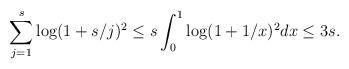
LaTeX: \begin{align*} \sum_{j=1}^s \log(1+s/j)^2 \le s \int_0^1 \log(1+1/x)^2dx \le 3s. \end{align*}